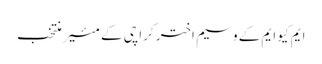
ایم کیو ایم کے وسیم اختر کراچی کے مئیر منتخب